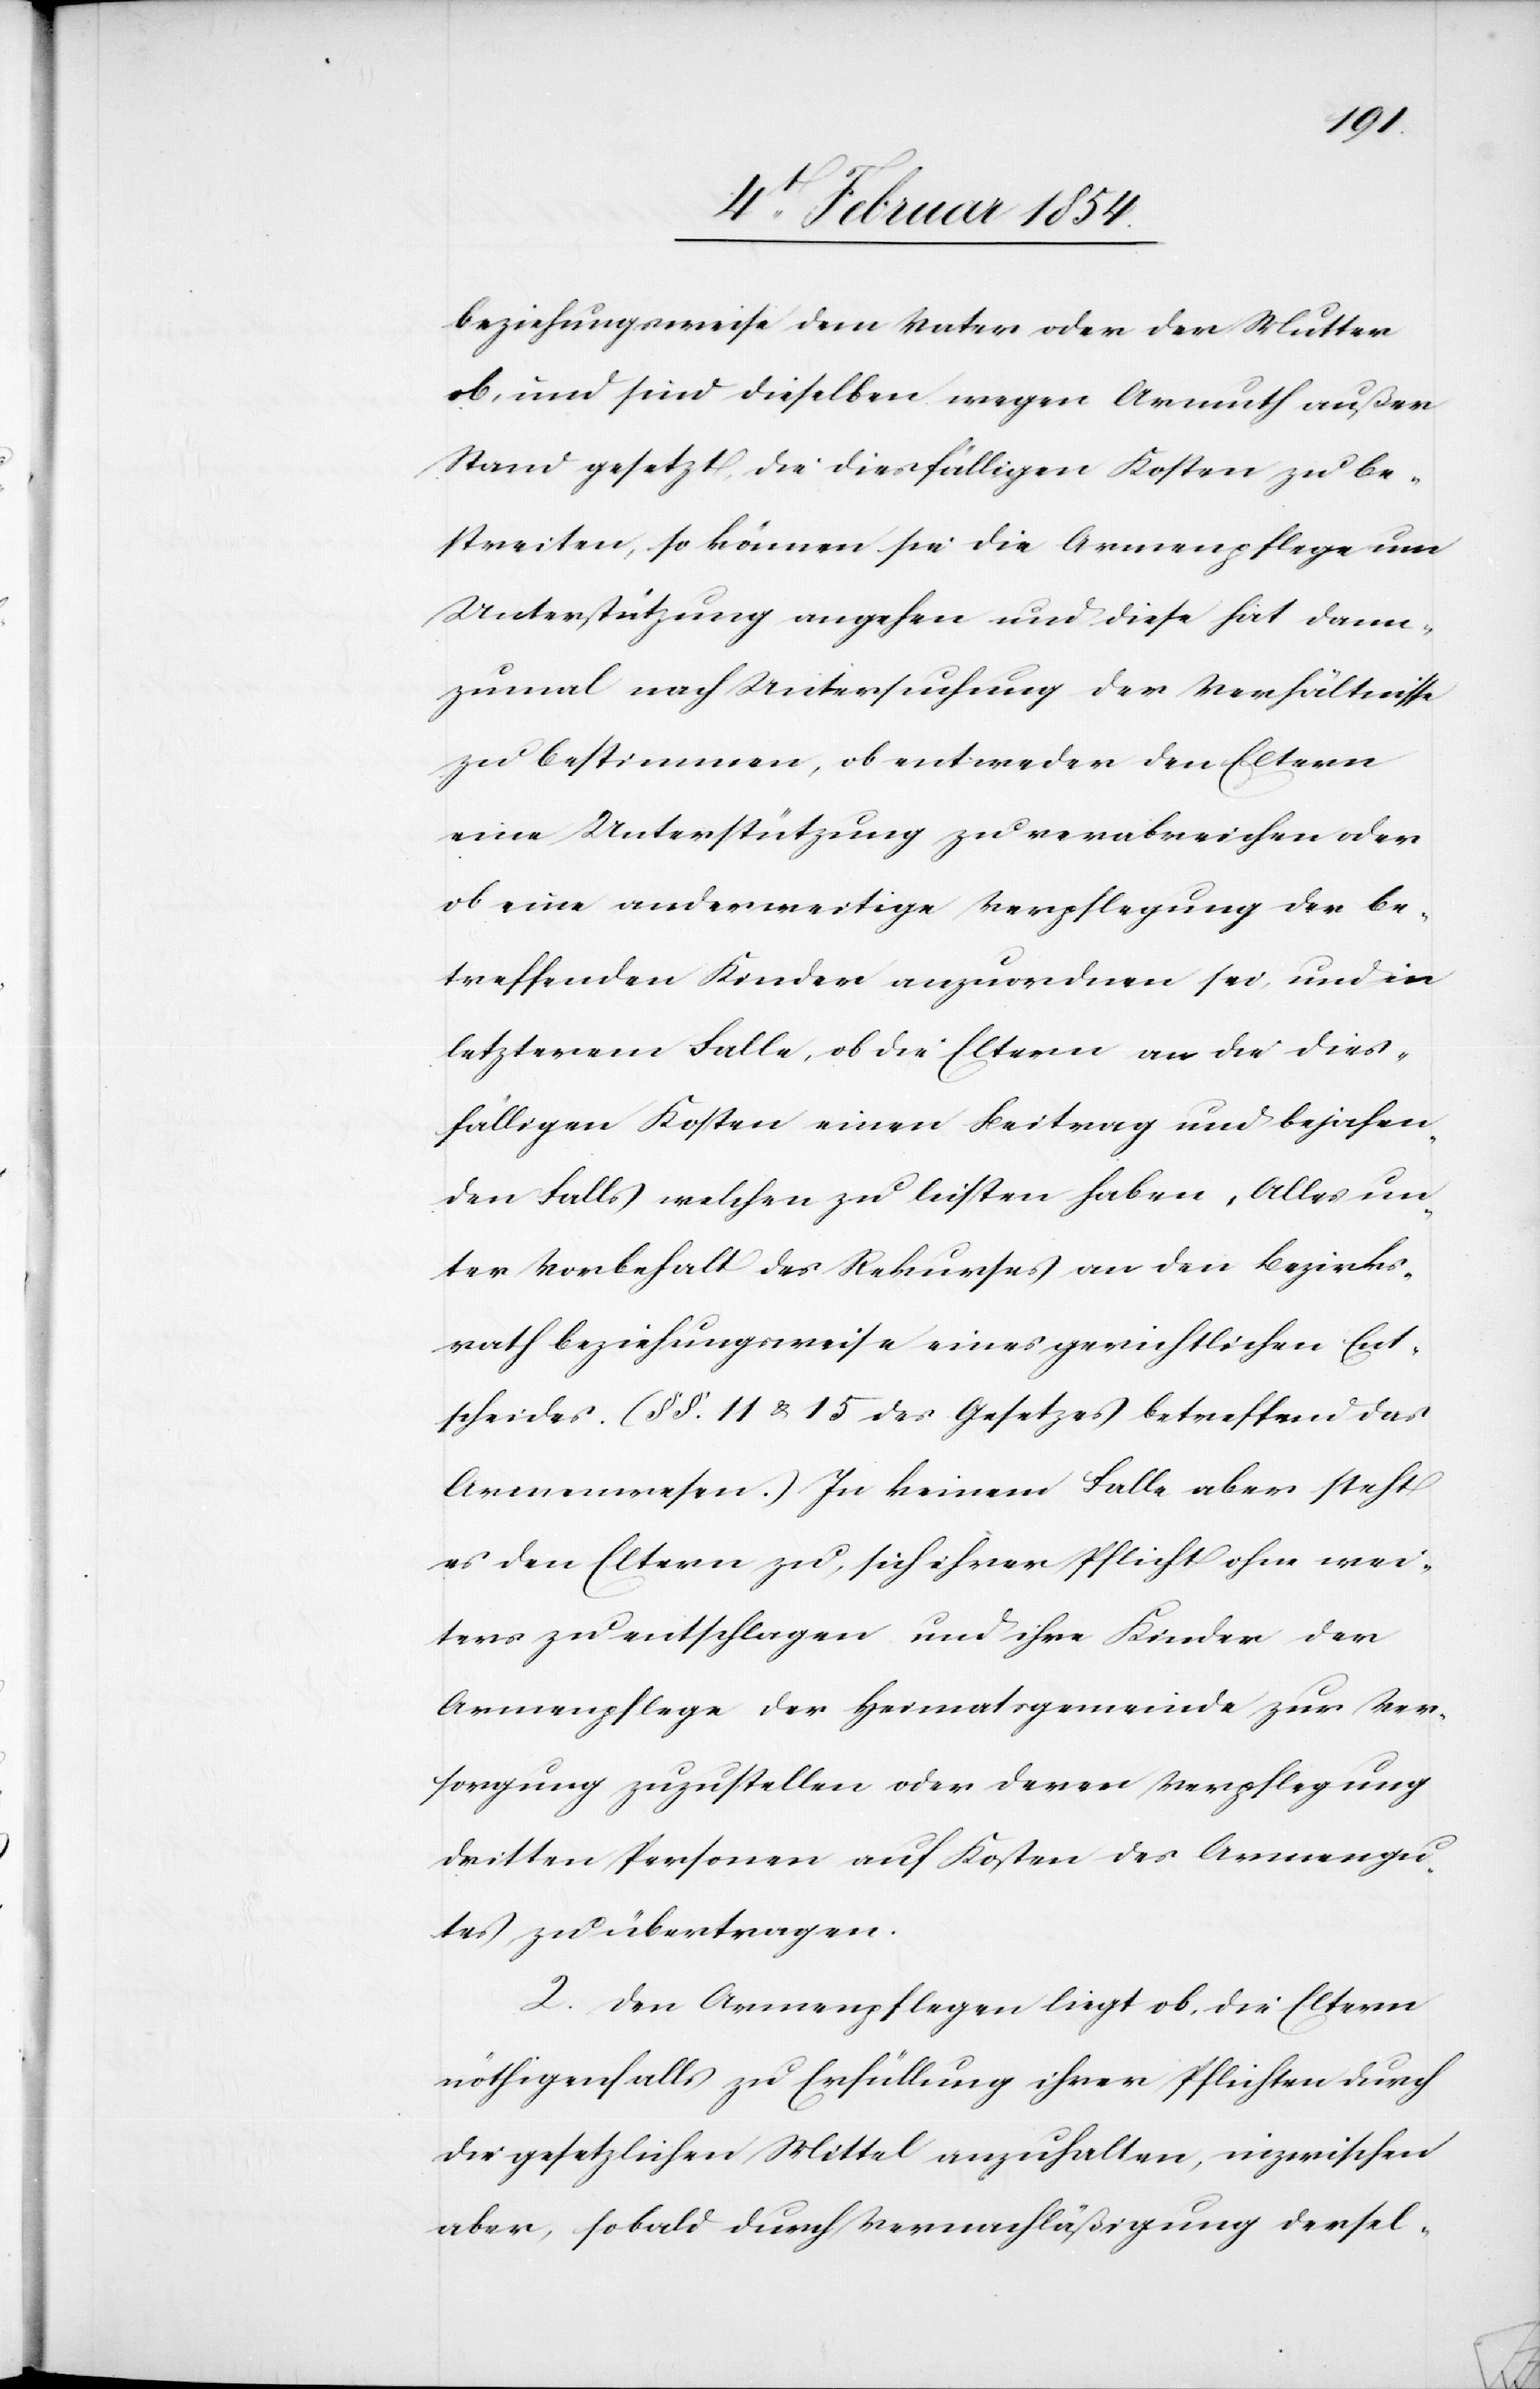
beziehungsweise dem Vater oder der Mutter
ob, und sind dieselben wegen Armuth außer
Stand gesetzt, die diesfälligen Kosten zu be¬
streiten, so können sie die Armenpflege um
Unterstützung angehen und diese hat dann¬
zumal nach Untersuchung der Verhältnisse
zu bestimmen, ob entweder den Eltern
eine Unterstützung zu verabreichen oder
ob eine anderweitige Verpflegung der be¬
treffenden Kinder anzuordnen sei, und in
letzterem Falle, ob die Eltern an die dies¬
fälligen Kosten einen Beitrag und bejahen¬
den Falls welchen zu leisten haben, alles un¬
ter Vorbehalt des Rekurses an den Bezirks¬
rath beziehungsweise eines gerichtlichen Ent¬
scheides. (§ §. 11 & 15 des Gesetzes betreffend das
Armenwesen.) In keinem Falle aber steht
es den Eltern zu, sich ihrer Pflicht ohne wei¬
ters zu entschlagen und ihre Kinder der
Armenpflege der Heimatsgemeinde zur Ver¬
sorgung zuzustellen oder deren Verpflegung
dritten Personen auf Kosten des Armengu¬
tes zu übertragen.
2. Den Armenpflegen liegt ob, die Eltern
nöthigenfalls zu Erfüllung ihrer Pflichten durch
die gesetzlichen Mittel anzuhalten, inzwischen
aber, sobald durch Vernachläßigung dersel-